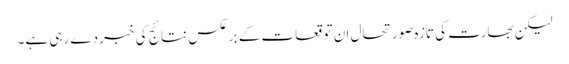
لیکن بھارت کی تازہ صورتحال ان توقعات کے برعکس نتائج کی خبر دے رہی ہے۔